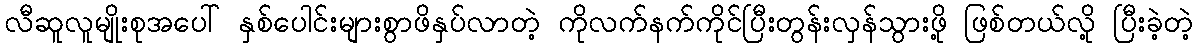
လီဆူလူမျိုးစုအပေါ် နှစ်ပေါင်းများစွာဖိနှပ်လာတဲ့ ကိုလက်နက်ကိုင်ပြီးတွန်းလှန်သွားဖို့ ဖြစ်တယ်လို့ ပြီးခဲ့တဲ့